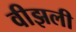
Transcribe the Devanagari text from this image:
वीझली